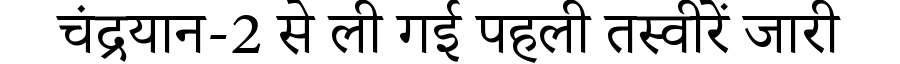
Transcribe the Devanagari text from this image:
चंद्रयान-2 से ली गई पहली तस्वीरें जारी